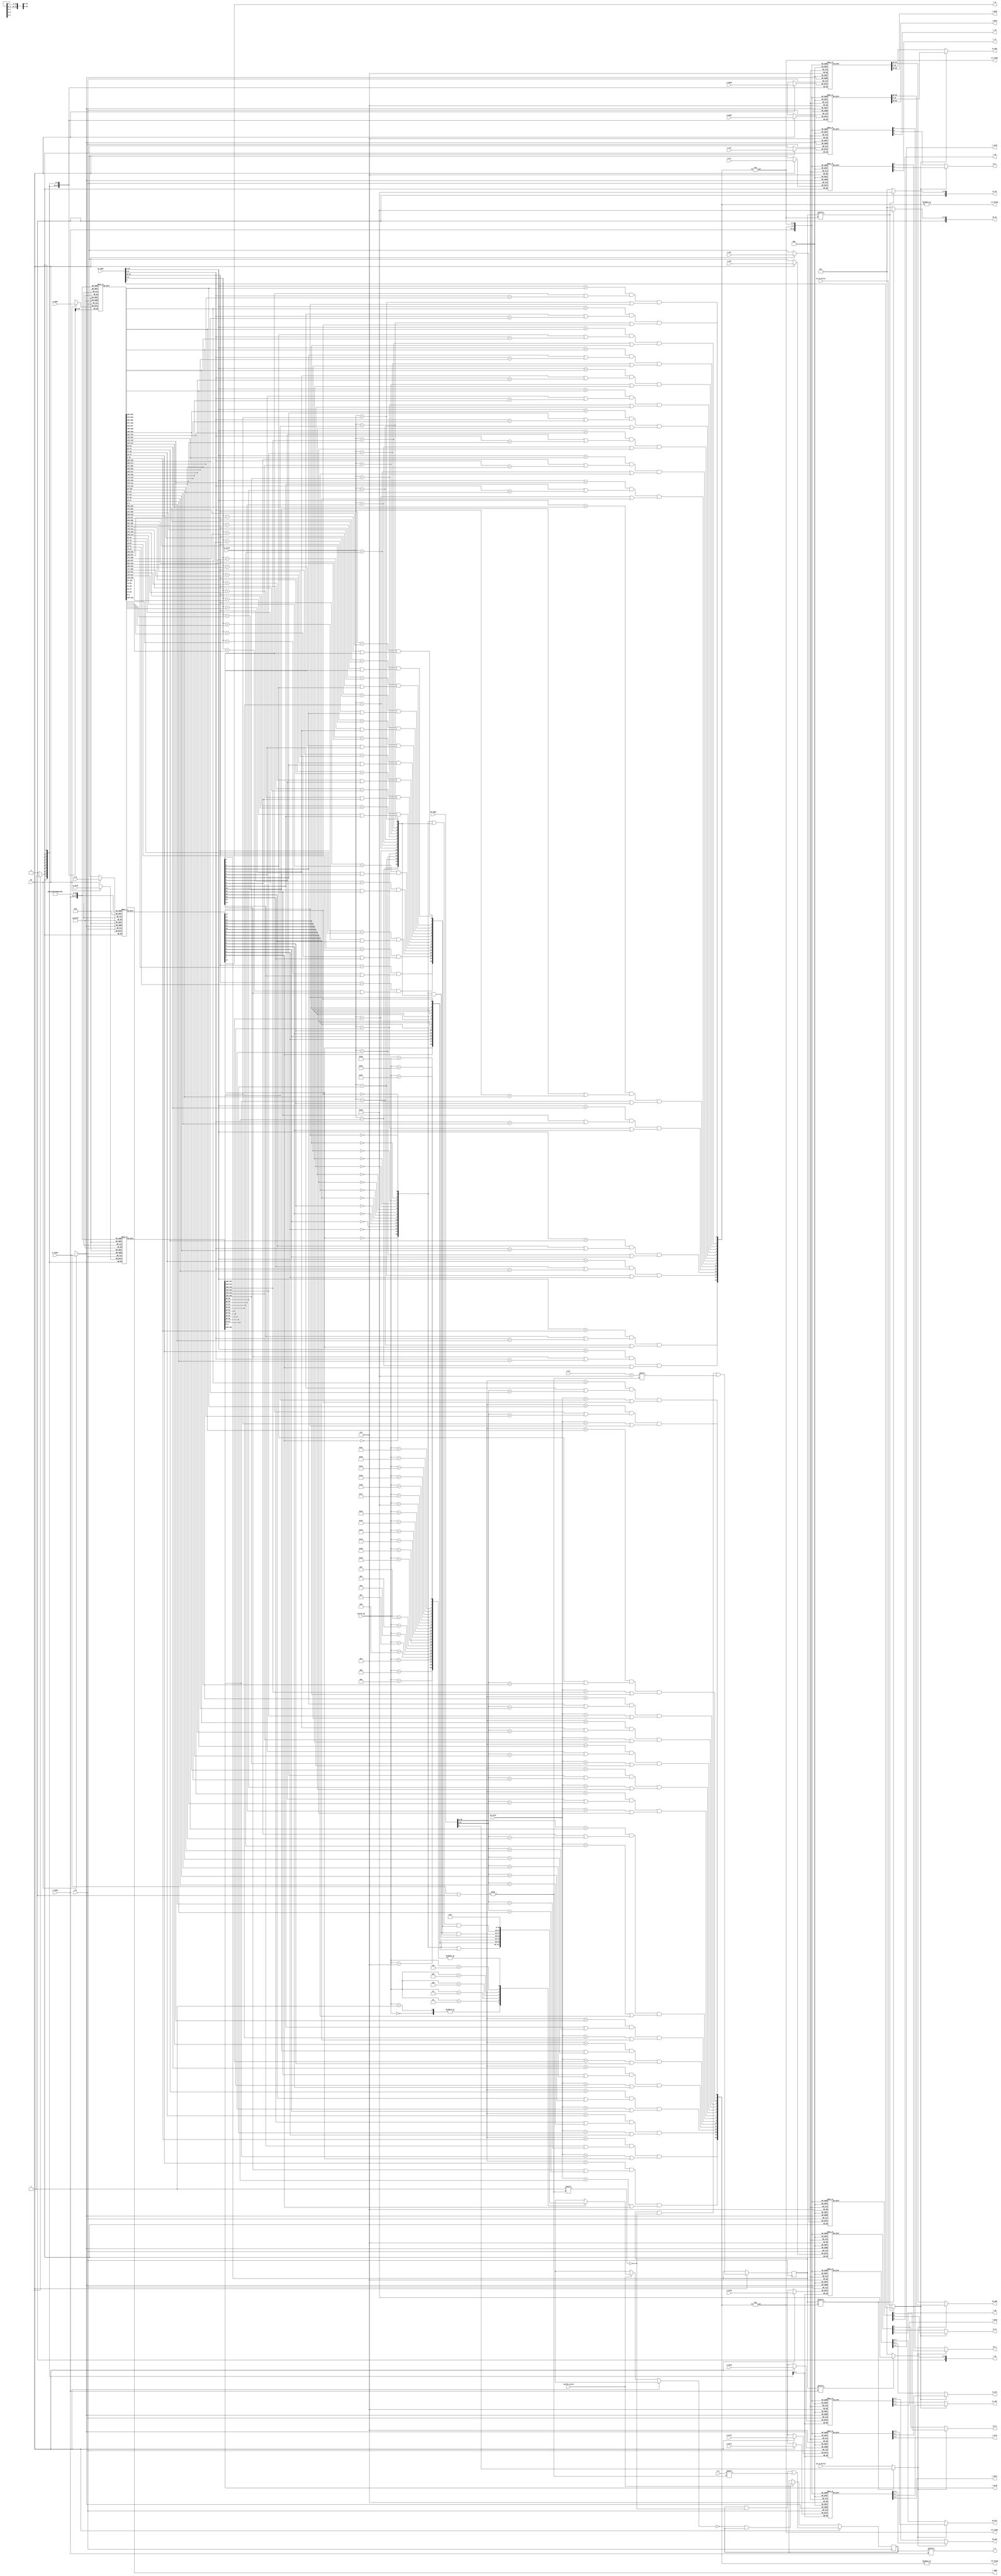
module tlb #(
    parameter TLBNUM = 16
)
(
    input  wire clk,

    // search port 0 (for fetch)
    input  wire [18:0]  s0_vppn,
    input  wire         s0_va_bit12,
    input  wire [ 9:0]  s0_asid,
    output wire         s0_found,
    output wire [$clog2(TLBNUM) - 1:0] s0_index,
    output wire [19:0]  s0_ppn,
    output wire [ 5:0]  s0_ps,
    output wire [ 1:0]  s0_plv,
    output wire [ 1:0]  s0_mat,
    output wire         s0_d,
    output wire         s0_v,

    // search port 1 (for load/store)
    input  wire [18:0]  s1_vppn,
    input  wire         s1_va_bit12,
    input  wire [ 9:0]  s1_asid,
    output wire         s1_found,
    output wire [$clog2(TLBNUM) - 1:0] s1_index,
    output wire [19:0]  s1_ppn,
    output wire [ 5:0]  s1_ps,
    output wire [ 1:0]  s1_plv,
    output wire [ 1:0]  s1_mat,
    output wire         s1_d,
    output wire         s1_v,

    // invtlb opcode
    input  wire         invtlb_valid,
    input  wire [ 4:0]  invtlb_op,

    // write port
    input  wire         we, //w(rite) e(nable)
    input  wire [$clog2(TLBNUM) - 1:0] w_index,
    input  wire         w_e,
    input  wire [18:0]  w_vppn,
    input  wire [ 5:0]  w_ps,
    input  wire [ 9:0]  w_asid,
    input  wire         w_g,
    input  wire [19:0]  w_ppn0,
    input  wire [ 1:0]  w_plv0,
    input  wire [ 1:0]  w_mat0,
    input  wire         w_d0,
    input  wire         w_v0,
    input  wire [19:0]  w_ppn1,
    input  wire [ 1:0]  w_plv1,
    input  wire [ 1:0]  w_mat1,
    input  wire         w_d1,
    input  wire         w_v1,

    // read port
    input  wire [$clog2(TLBNUM) - 1:0] r_index,
    output wire         r_e,
    output wire [18:0]  r_vppn,
    output wire [ 5:0]  r_ps,
    output wire [ 9:0]  r_asid,
    output wire         r_g,
    output wire [19:0]  r_ppn0,
    output wire [ 1:0]  r_plv0,
    output wire [ 1:0]  r_mat0,
    output wire         r_d0,
    output wire         r_v0,
    output wire [19:0]  r_ppn1,
    output wire [ 1:0]  r_plv1,
    output wire [ 1:0]  r_mat1,
    output wire         r_d1,
    output wire         r_v1
);

    reg [TLBNUM - 1:0] tlb_e;
    reg [TLBNUM - 1:0] tlb_ps4MB; //pagesize 1:4MB, 0:4KB

    reg [18:0]  tlb_vppn    [TLBNUM - 1:0];
    reg [ 9:0]  tlb_asid    [TLBNUM - 1:0];
    reg         tlb_g       [TLBNUM - 1:0];
    reg [19:0]  tlb_ppn0    [TLBNUM - 1:0];
    reg [ 1:0]  tlb_plv0    [TLBNUM - 1:0];
    reg [ 1:0]  tlb_mat0    [TLBNUM - 1:0];
    reg         tlb_d0      [TLBNUM - 1:0];
    reg         tlb_v0      [TLBNUM - 1:0];
    reg [19:0]  tlb_ppn1    [TLBNUM - 1:0];
    reg [ 1:0]  tlb_plv1    [TLBNUM - 1:0];
    reg [ 1:0]  tlb_mat1    [TLBNUM - 1:0];
    reg         tlb_d1      [TLBNUM - 1:0];
    reg         tlb_v1      [TLBNUM - 1:0];

    wire [TLBNUM - 1:0] match0;
    wire [TLBNUM - 1:0] match1;
    wire [TLBNUM - 1:0] cond   [ 3:0];
    wire [TLBNUM - 1:0] invtlb_masks [31:0];
    wire                s0_ppg_sel;
    wire                s1_ppg_sel;
    /*
    * Write port: check `we`, then write
    */
    always @ (posedge clk) begin
        if (we) begin
            tlb_e    [w_index] <= w_e;
            tlb_ps4MB[w_index] <= (w_ps == 6'd22);
            tlb_vppn [w_index] <= w_vppn;
            tlb_asid [w_index] <= w_asid;
            tlb_g    [w_index] <= w_g;

            tlb_ppn0 [w_index] <= w_ppn0;
            tlb_plv0 [w_index] <= w_plv0;
            tlb_mat0 [w_index] <= w_mat0;
            tlb_d0   [w_index] <= w_d0;
            tlb_v0   [w_index] <= w_v0;

            tlb_ppn1 [w_index] <= w_ppn1;
            tlb_plv1 [w_index] <= w_plv1;
            tlb_mat1 [w_index] <= w_mat1;
            tlb_d1   [w_index] <= w_d1;
            tlb_v1   [w_index] <= w_v1;
        end else if (invtlb_valid) begin
            tlb_e <= ~invtlb_masks[invtlb_op] & tlb_e;
        end
    end

    /*
     * Read port: direct connection
     */
    assign r_e    = tlb_e    [r_index];
    assign r_vppn = tlb_vppn [r_index];
    assign r_ps   = tlb_ps4MB[r_index] ? 6'd22 : 6'd12;
    assign r_asid = tlb_asid [r_index];
    assign r_g    = tlb_g    [r_index];
    
    assign r_ppn0 = tlb_ppn0 [r_index];
    assign r_plv0 = tlb_plv0 [r_index];
    assign r_mat0 = tlb_mat0 [r_index];
    assign r_d0   = tlb_d0   [r_index];
    assign r_v0   = tlb_v0   [r_index];

    assign r_ppn1 = tlb_ppn1 [r_index];
    assign r_plv1 = tlb_plv1 [r_index];
    assign r_mat1 = tlb_mat1 [r_index];
    assign r_d1   = tlb_d1   [r_index];
    assign r_v1   = tlb_v1   [r_index];

    /*
     * Search port
     */

    genvar i;
    generate
        for (i = 0; i < TLBNUM; i = i + 1) begin: search
            assign match0[i] = (s0_vppn[18: 9]==tlb_vppn[i][18: 9])
                                && (tlb_ps4MB[i] || s0_vppn[8:0]==tlb_vppn[i][8:0])
                                && ((s0_asid==tlb_asid[i]) || tlb_g[i]);
            assign match1[i] = (s1_vppn[18: 9]==tlb_vppn[i][18: 9])
                                && (tlb_ps4MB[i] || s1_vppn[8:0]==tlb_vppn[i][8:0])
                                && ((s1_asid==tlb_asid[i]) || tlb_g[i]);
        end
    endgenerate

    assign s0_found = |match0;
    log s0_log (.in(match0), .out(s0_index));
    assign s0_ppg_sel = tlb_ps4MB[s0_index] ? s0_vppn[9] : s0_va_bit12;
    assign s0_ps      = tlb_ps4MB[s0_index] ? 6'd22 : 6'd12;

    assign s0_ppn   = s0_ppg_sel ? tlb_ppn1[s0_index] : tlb_ppn0[s0_index];
    assign s0_plv   = s0_ppg_sel ? tlb_plv1[s0_index] : tlb_plv0[s0_index];
    assign s0_mat   = s0_ppg_sel ? tlb_mat1[s0_index] : tlb_mat0[s0_index];
    assign s0_d     = s0_ppg_sel ? tlb_d1  [s0_index] : tlb_d0  [s0_index];
    assign s0_v     = s0_ppg_sel ? tlb_v1  [s0_index] : tlb_v0  [s0_index];

    assign s1_found = |match1;
    log s1_log (.in(match1), .out(s1_index));
    assign s1_ppg_sel = tlb_ps4MB[s1_index] ? s1_vppn[9] : s1_va_bit12;
    assign s1_ps      = tlb_ps4MB[s1_index] ? 6'd22 : 6'd12;

    assign s1_ppn   = s1_ppg_sel ? tlb_ppn1[s1_index] : tlb_ppn0[s1_index];
    assign s1_plv   = s1_ppg_sel ? tlb_plv1[s1_index] : tlb_plv0[s1_index];
    assign s1_mat   = s1_ppg_sel ? tlb_mat1[s1_index] : tlb_mat0[s1_index];
    assign s1_d     = s1_ppg_sel ? tlb_d1  [s1_index] : tlb_d0  [s1_index];
    assign s1_v     = s1_ppg_sel ? tlb_v1  [s1_index] : tlb_v0  [s1_index];

    /*
     * Invalidation
     */
    generate for (i = 0; i < TLBNUM; i = i + 1) begin
        // cond0 : G == 0 ?
        assign cond[0][i] = ~tlb_g[i];
        // cond1 : G == 1 ?
        assign cond[1][i] =  tlb_g[i]; 
        // cond2 : ASID == s1_asid ?
        assign cond[2][i] = s1_asid == tlb_asid[i];
        // cond3 : VPN == s1_vppn ?
        assign cond[3][i] = s1_vppn[18:10] == tlb_vppn[i][18:10] &&     
                               (s1_vppn[ 9: 0] == tlb_vppn[i][ 9: 0] || tlb_ps4MB[i]);
    end        
    endgenerate

    assign invtlb_masks[0] = cond[0] | cond[1];                // clear all
    assign invtlb_masks[1] = cond[0] | cond[1];                // clear all
    assign invtlb_masks[2] = cond[1];                           // clear all G = 1
    assign invtlb_masks[3] = cond[0];                           // clear all G = 0
    assign invtlb_masks[4] = cond[0] & cond[2];                // clear all ASID = s1_asid, G = 0
    assign invtlb_masks[5] = cond[0] & cond[2] & cond[3];     // clear all ASID = s1_asid, G = 0, VPN = s1_vppn
    assign invtlb_masks[6] = (cond[0] | cond[2]) & cond[3];   // clear all ASID = s1_asid, VPN = s1_vppn
    generate for (i = 7; i < 32; i = i + 1) begin
        assign invtlb_masks[i] = 16'b0; 
        // TIPS:  op 
    end
    endgenerate


endmodule

module log(
    input  wire [15:0] in,
    output wire [ 3:0] out
);
    assign out = {4{in[ 0]}} &  4'd0 | {4{in[ 1]}} &  4'd1 | {4{in[ 2]}} &  4'd2 | {4{in[ 3]}} &  4'd3 |
                 {4{in[ 4]}} &  4'd4 | {4{in[ 5]}} &  4'd5 | {4{in[ 6]}} &  4'd6 | {4{in[ 7]}} &  4'd7 |
                 {4{in[ 8]}} &  4'd8 | {4{in[ 9]}} &  4'd9 | {4{in[10]}} & 4'd10 | {4{in[11]}} & 4'd11 |
                 {4{in[12]}} & 4'd12 | {4{in[13]}} & 4'd13 | {4{in[14]}} & 4'd14 | {4{in[15]}} & 4'd15;
endmodule